Scottish Leaving Certificate Examination, 1954
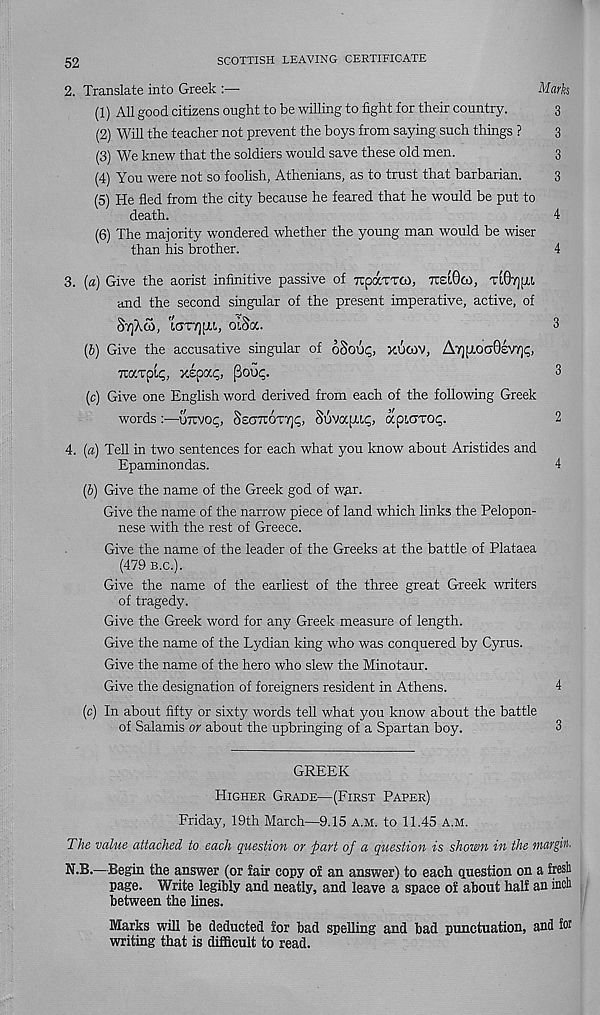
SCOTTISH LEAVING CERTIFICATE
52
2. Translate into Greek
Mark
(1) AU good citizens ought to be willing to fight for their country.
3
(2) Will the teacher not prevent the boys from saying such things ?
3
(3) We knew that the soldiers would save these old men.
3
(4) You were not so foolish, Athenians, as to trust that barbarian.
3
(5) He fled from the city because he feared that he would be put to
death.
4
(6) The majority wondered whether the young man would be wiser
than his brother.
4
3. (a) Give the aorist infinitive passive of TupaTTfO, TClOcd, -uOvjfXt,
and the second singular of the present imperative, active, of
SrjAm, icrr/)fj(.t,, oLSa.
3
(b) Give the accusative singular of oSoui?, xuwv, A7]fAoa0£V7)<;,
TtaTplp, xepocp, (Soup.
3
(c) Give one English word derived from each of the following Greek
words :—uxvop, §£<r7TOT7]<;, Suvapup, aptaroi;.
2
4. (a) Tell in two sentences for each what you know about Aristides and
Epaminondas.
4
(6) Give the name of the Greek god of w^r.
Give the name of the narrow piece of land which links the Pelopon-
nese with the rest of Greece.
Give the name of the leader of the Greeks at the battle of Plataea
(479 B.c.).
Give the name of the earliest of the three great Greek writers
of tragedy.
Give the Greek word for any Greek measure of length.
Give the name of the Lydian king who was conquered by Cyrus.
Give the name of the hero who slew the Minotaur.
Give the designation of foreigners resident in Athens.
4
(c) In about fifty or sixty words tell what you know about the battle
of Salamis or about the upbringing of a Spartan boy.
3
GREEK
Higher Grade—(First Paper)
Friday, 19th March—9.15 a.m. to 11.45 A.M.
The value attached to each question or part of a question is shown in the margin.
K.B.—Begin the answer (or fair copy of an answer) to each question on a fresh
page. Write legibly and neatly, and leave a space of about half an incli
between the lines.
Marks will be deducted for bad spelling and bad punctuation, and for
writing that is difficult to read.